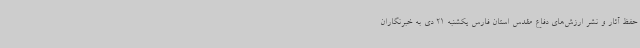
حفظ آثار و نشر ارزش‌های دفاع مقدس استان فارس یکشنبه 21 دی به خبرنگاران